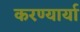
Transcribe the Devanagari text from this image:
करण्यार्या